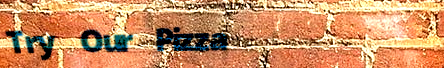
Try Our Pizza